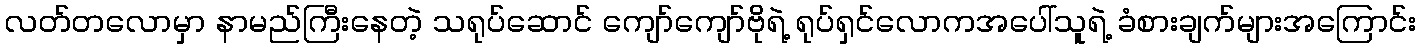
လတ်တလောမှာ နာမည်ကြီးနေတဲ့ သရုပ်ဆောင် ကျော်ကျော်ဗိုရဲ့ ရုပ်ရှင်လောကအပေါ်သူရဲ့ ခံစားချက်များအကြောင်း